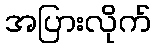
အပြားလိုက်